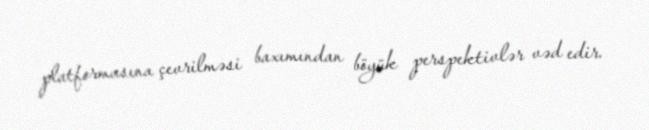
platformasına çevrilməsi baxımından böyük perspektivlər vəd edir.